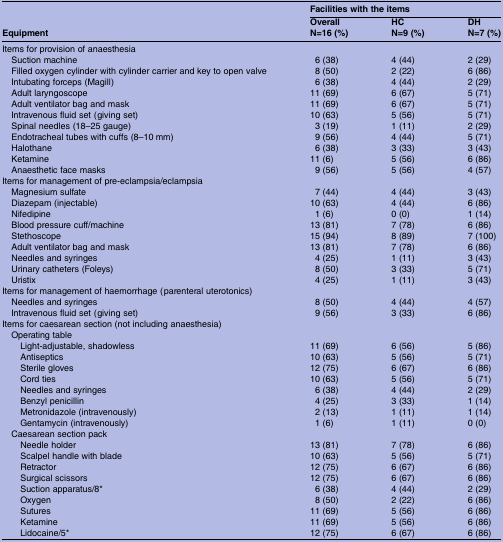
<table><thead><tr><td rowspan="2"><b>Equipment</b></td><td colspan="3"><b>Facilities with the items</b></td></tr><tr><td><b>OverallN=16 (%)</b></td><td><b>HCN=9 (%)</b></td><td><b>DHN=7 (%)</b></td></tr></thead><tbody><tr><td colspan="4">Items for provision of anaesthesia</td></tr><tr><td> Suction machine</td><td>6 (38)</td><td>4 (44)</td><td>2 (29)</td></tr><tr><td> Filled oxygen cylinder with cylinder carrier and key to open valve</td><td>8 (50)</td><td>2 (22)</td><td>6 (86)</td></tr><tr><td> Intubating forceps (Magill)</td><td>6 (38)</td><td>4 (44)</td><td>2 (29)</td></tr><tr><td> Adult laryngoscope</td><td>11 (69)</td><td>6 (67)</td><td>5 (71)</td></tr><tr><td> Adult ventilator bag and mask</td><td>11 (69)</td><td>6 (67)</td><td>5 (71)</td></tr><tr><td> Intravenous fluid set (giving set)</td><td>10 (63)</td><td>5 (56)</td><td>5 (71)</td></tr><tr><td> Spinal needles (18–25 gauge)</td><td>3 (19)</td><td>1 (11)</td><td>2 (29)</td></tr><tr><td> Endotracheal tubes with cuffs (8–10 mm)</td><td>9 (56)</td><td>4 (44)</td><td>5 (71)</td></tr><tr><td> Halothane</td><td>6 (38)</td><td>3 (33)</td><td>3 (43)</td></tr><tr><td> Ketamine</td><td>11 (6)</td><td>5 (56)</td><td>6 (86)</td></tr><tr><td> Anaesthetic face masks</td><td>9 (56)</td><td>5 (56)</td><td>4 (57)</td></tr><tr><td colspan="4">Items for management of pre-eclampsia/eclampsia</td></tr><tr><td> Magnesium sulfate</td><td>7 (44)</td><td>4 (44)</td><td>3 (43)</td></tr><tr><td> Diazepam (injectable)</td><td>10 (63)</td><td>4 (44)</td><td>6 (86)</td></tr><tr><td> Nifedipine</td><td>1 (6)</td><td>0 (0)</td><td>1 (14)</td></tr><tr><td> Blood pressure cuff/machine</td><td>13 (81)</td><td>7 (78)</td><td>6 (86)</td></tr><tr><td> Stethoscope</td><td>15 (94)</td><td>8 (89)</td><td>7 (100)</td></tr><tr><td> Adult ventilator bag and mask</td><td>13 (81)</td><td>7 (78)</td><td>6 (86)</td></tr><tr><td> Needles and syringes</td><td>4 (25)</td><td>1 (11)</td><td>3 (43)</td></tr><tr><td> Urinary catheters (Foleys)</td><td>8 (50)</td><td>3 (33)</td><td>5 (71)</td></tr><tr><td> Uristix</td><td>4 (25)</td><td>1 (11)</td><td>3 (43)</td></tr><tr><td colspan="4">Items for management of haemorrhage (parenteral uterotonics)</td></tr><tr><td> Needles and syringes</td><td>8 (50)</td><td>4 (44)</td><td>4 (57)</td></tr><tr><td> Intravenous fluid set (giving set)</td><td>9 (56)</td><td>3 (33)</td><td>6 (86)</td></tr><tr><td colspan="4">Items for caesarean section (not including anaesthesia)</td></tr><tr><td colspan="4"> Operating table</td></tr><tr><td>Light-adjustable, shadowless</td><td>11 (69)</td><td>6 (56)</td><td>5 (86)</td></tr><tr><td>Antiseptics</td><td>10 (63)</td><td>5 (56)</td><td>5 (71)</td></tr><tr><td>Sterile gloves</td><td>12 (75)</td><td>6 (67)</td><td>6 (86)</td></tr><tr><td>Cord ties</td><td>10 (63)</td><td>5 (56)</td><td>5 (71)</td></tr><tr><td>Needles and syringes</td><td>6 (38)</td><td>4 (44)</td><td>2 (29)</td></tr><tr><td>Benzyl penicillin</td><td>4 (25)</td><td>3 (33)</td><td>1 (14)</td></tr><tr><td>Metronidazole (intravenously)</td><td>2 (13)</td><td>1 (11)</td><td>1 (14)</td></tr><tr><td>Gentamycin (intravenously)</td><td>1 (6)</td><td>1 (11)</td><td>0 (0)</td></tr><tr><td colspan="4"> Caesarean section pack</td></tr><tr><td>Needle holder</td><td>13 (81)</td><td>7 (78)</td><td>6 (86)</td></tr><tr><td>Scalpel handle with blade</td><td>10 (63)</td><td>5 (56)</td><td>5 (71)</td></tr><tr><td>Retractor</td><td>12 (75)</td><td>6 (67)</td><td>6 (86)</td></tr><tr><td>Surgical scissors</td><td>12 (75)</td><td>6 (67)</td><td>6 (86)</td></tr><tr><td>Suction apparatus/8*</td><td>6 (38)</td><td>4 (44)</td><td>2 (29)</td></tr><tr><td>Oxygen</td><td>8 (50)</td><td>2 (22)</td><td>6 (86)</td></tr><tr><td>Sutures</td><td>11 (69)</td><td>5 (56)</td><td>6 (86)</td></tr><tr><td>Ketamine</td><td>11 (69)</td><td>5 (56)</td><td>6 (86)</td></tr><tr><td>Lidocaine/5*</td><td>12 (75)</td><td>6 (67)</td><td>6 (86)</td></tr></tbody></table>